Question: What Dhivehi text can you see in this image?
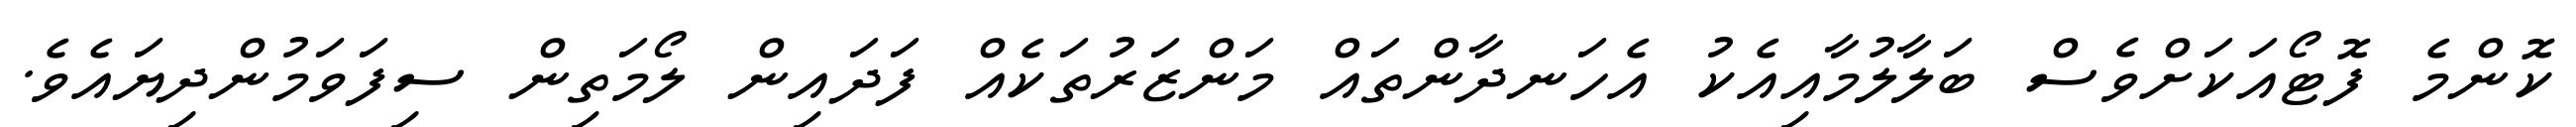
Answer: ކޮންމެ ފޮޓޯއަކަށްވެސް ބަލާލުމާއިއެކު އެހަނދާންތައް މަންޒަރުތަކެއް ފަދައިން ލޯމަތިން ސިފަވަމުންދިޔައެވެ.